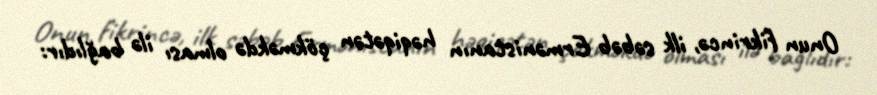
Onun fikrincə, ilk səbəb Ermənistanın həqiqətən çökməkdə olması ilə bağlıdır: